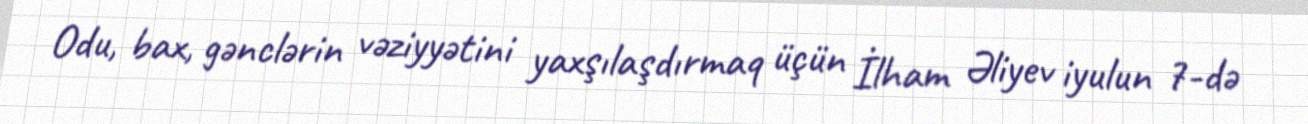
Odu, bax, gənclərin vəziyyətini yaxşılaşdırmaq üçün İlham Əliyev iyulun 7-də